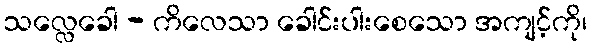
သလ္လေခေါ - ကိလေသာ ခေါင်းပါးစေသော အကျင့်ကို၊